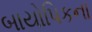
બાયોપિકના